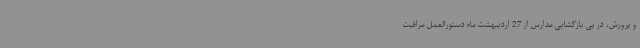
و پرورش، در پی بازگشایی مدارس از 27 اردیبهشت ماه دستورالعمل مراقبت